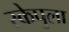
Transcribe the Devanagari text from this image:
स्केपुला